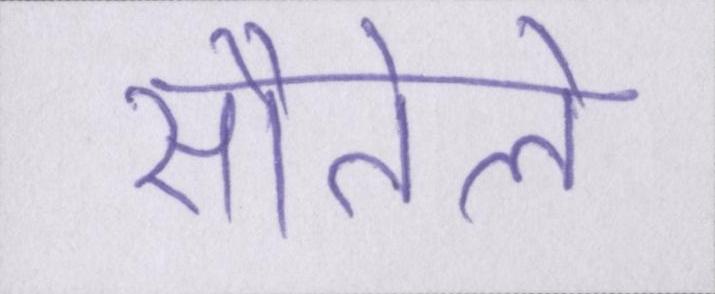
सौतेले